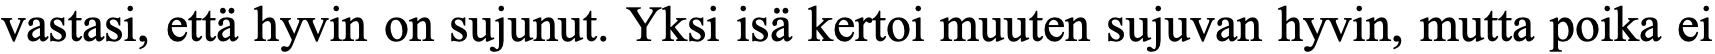
vastasi, että hyvin on sujunut. Yksi isä kertoi muuten sujuvan hyvin, mutta poika ei